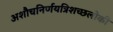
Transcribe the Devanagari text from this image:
अशौचनिर्णयत्रिशच्छलोकी